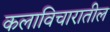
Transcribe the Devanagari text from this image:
कलाविचारातील